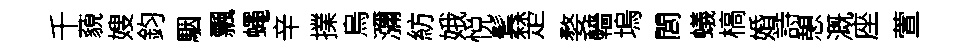
千藐嫂鈞駰飄蠅辛擈烏瀰紡娥悦鬂楚婺轖塢閭蟻槁婚詩憩溉座萱